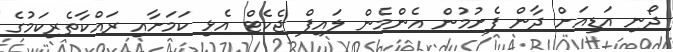
ދޯނި އަޑިއަށް ދާން ފެށުމުން އެންމެން ލައިފް ޖެކެޓް އެޅި ކަމަށާއި ރައްކާތެރިކަމުގެ